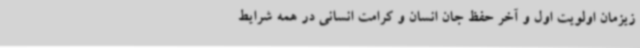
زیزمان اولویت اول و آخر حفظ جان انسان و کرامت انسانی در همه شرایط